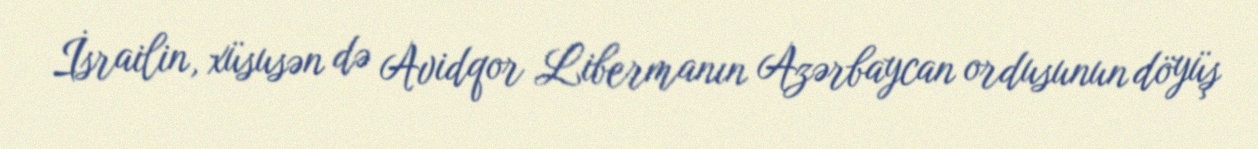
İsrailin, xüsusən də Avidqor Libermanın Azərbaycan ordusunun döyüş